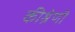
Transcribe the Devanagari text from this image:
कीश्रेणी